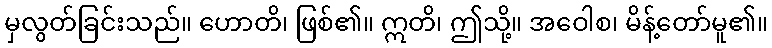
မှလွတ်ခြင်းသည်။ ဟောတိ၊ ဖြစ်၏။ ဣတိ၊ ဤသို့။ အဝေါစ၊ မိန့်တော်မူ၏။